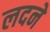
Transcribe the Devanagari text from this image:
लदने